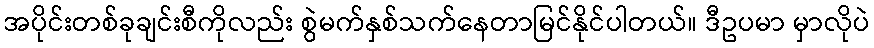
အပိုင်းတစ်ခုချင်းစီကိုလည်း စွဲမက်နှစ်သက်နေတာမြင်နိုင်ပါတယ်။ ဒီဥပမာ မှာလိုပဲ